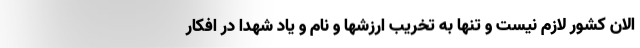
الان کشور لازم نیست و تنها به تخریب ارزشها و نام و یاد شهدا در افکار